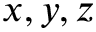
x , y , z